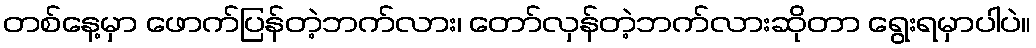
တစ်နေ့မှာ ဖောက်ပြန်တဲ့ဘက်လား၊ တော်လှန်တဲ့ဘက်လားဆိုတာ ရွေးရမှာပါပဲ။